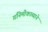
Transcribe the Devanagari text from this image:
गनिमीकाव्याने